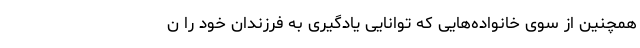
همچنین از سوی خانواده‌هایی که توانایی یادگیری به فرزندان خود را ن